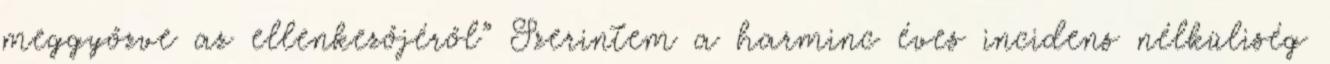
meggyőzve az ellenkezőjéről” Szerintem a harminc éves incidens nélküliség